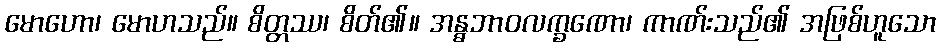
မောဟော၊ မောဟသည်။ စိတ္တဿ၊ စိတ်၏။ အန္ဓဘာဝလက္ခဏော၊ ကာဏ်းသည်၏ အဖြစ်ဟူသော